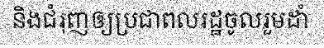
និងជំរុញឲ្យប្រជាពលរដ្ឋចូលរួមដាំ